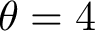
\theta = 4